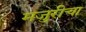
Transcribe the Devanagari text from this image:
मजुरीचा